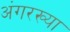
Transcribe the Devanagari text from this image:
अंगरख्या